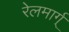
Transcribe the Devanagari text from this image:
रेलमार्ग्